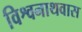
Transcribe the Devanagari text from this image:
विश्वनाथवास